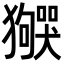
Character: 𬍌